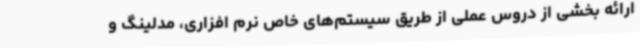
ارائه بخشی از دروس عملی از طریق سیستم‌های خاص نرم افزاری، مدلینگ و